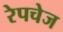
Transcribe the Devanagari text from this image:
रेपचेज